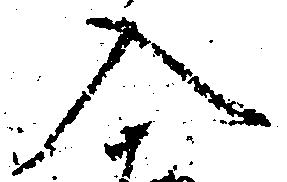
入